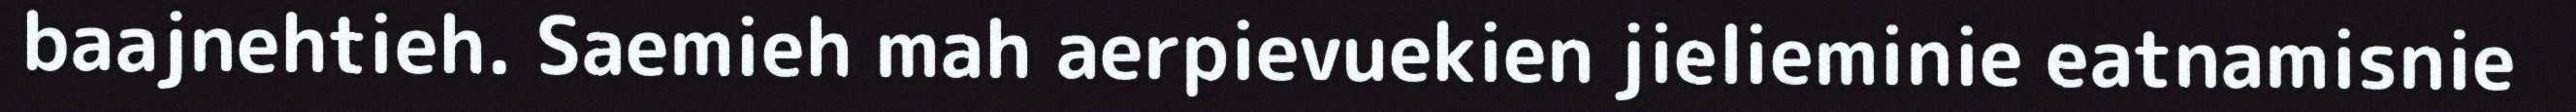
baajnehtieh. Saemieh mah aerpievuekien jielieminie eatnamisnie